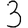
Digit: 3